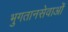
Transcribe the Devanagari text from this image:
भुगतानसेवाओं